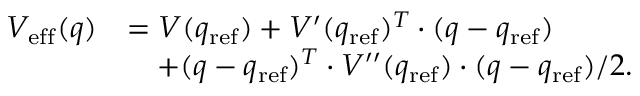
\begin{array} { r l } { V _ { \mathrm { e f f } } ( q ) } & { = V ( q _ { \mathrm { r e f } } ) + V ^ { \prime } ( q _ { \mathrm { r e f } } ) ^ { T } \cdot ( q - q _ { \mathrm { r e f } } ) } \\ & { ~ ~ ~ + ( q - q _ { \mathrm { r e f } } ) ^ { T } \cdot V ^ { \prime \prime } ( q _ { \mathrm { r e f } } ) \cdot ( q - q _ { \mathrm { r e f } } ) / 2 . } \end{array}